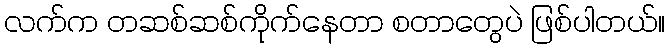
လက်က တဆစ်ဆစ်ကိုက်နေတာ စတာတွေပဲ ဖြစ်ပါတယ်။